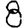
Digit: 8